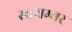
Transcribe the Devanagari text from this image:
स्वयम्बर